Vaccination Hyderabad 1872-1889 - 1872-1889
Year: 1872
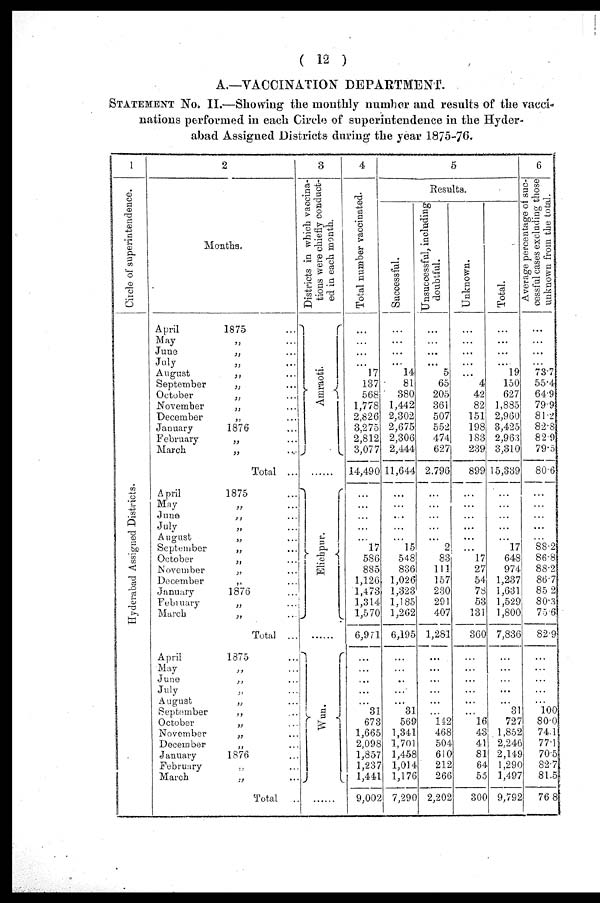
( 12 )
A.—VACCINATION DEPARTMENT.
STATEMENT No. II.—Showing the monthly number and results of the vacci-
nations performed in each Circle of superintendence in the Hyder-
abad Assigned Districts during the year 1875-76.
1
Circle of superintendence.
Hyderabad Assigned Districts.
2
Months.
April
1875 ...
May „ ...
June
„ ...
July
„ ...
August
„ ...
September
„ ...
October
„ ...
November
„ ...
December
„ ...
January
1876 ...
February
„ ...
March
„ ...
Total ...
April
1875 ...
May „ ...
June
„ ...
July
„ ...
August
„ ...
September
„ ...
October
„ ...
November
„ ...
December
„ ...
January
1876 ...
February
„
...
March
„ ...
Total ...
April
1875 ...
May „ ...
June
„ ...
July
„ ...
August
„ ...
September
„ ...
October
„ ...
November
„ ...
December
„ ...
January
1876 ...
February
„ ...
March
„ ...
Total
..
3
Districts in which vaccina-
tions were chiefly conduct-
ed in each month.
Amraoti.
Elichpur.
Wun.
4
Total number vaccinated.
...
...
...
17
137
568
1,778
2,826
3,275
2,812
3,077
14,490
...
...
...
...
...
17
586
885
1,126
1,473
1,314
1,570
6,971
...
...
...
...
...
31
673
1,665
2,098
1,857
1,237
1,441
9,002
5
Results.
Successful.
...
...
...
14
81
380
1,442
2,302
2,675
2,306
2,444
11,644
...
...
...
...
...
15
548
836
1,026
1,323
1,185
1,262
6,195
...
...
...
...
...
31
569
1,341
1,701
1,458
1,014
1,176
7,290
Unsuccessful, including
doubtful.
...
...
...
5
65
205
361
507
552
474
627
2,796
...
...
...
...
...
2
83
111
157
230
291
407
1,281
...
...
...
...
...
...
142
468
504
610
212
266
2,202
Unknown.
...
...
...
...
4
42
82
151
198
183
239
899
...
...
...
...
...
...
17
27
54
78
53
131
360
...
...
...
...
...
...
16
43
41
81
64
55
300
Total.
...
...
...
19
150
627
1,885
2,960
3,425
2,963
3,310
15,339
...
...
...
...
...
17
648
974
1,237
1,631
1,529
1,800
7,836
...
...
...
...
...
31
727
1,852
2,246
2,149
1,290
1,497
9,792
6
Average percentage of suc-
cessful cases excluding those
unknown from the total.
...
...
...
73.7
55.4
64.9
79.9
81.2
82.8
82.9
79.5
80.6
...
...
...
...
...
88.2
86.8
88.2
86.7
85.2
80.3
75.6
82.9
...
...
...
...
...
100
80.0
74.1
77.1
70.5
82.7
81.5
76.8